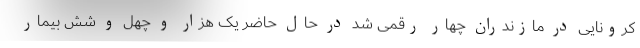
کرونایی در مازندران چهار رقمی شد در حال حاضر یک هزار و چهل و شش بیمار